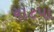
ચોટપા